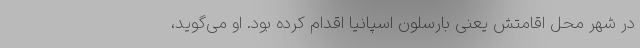
در شهر محل اقامتش یعنی بارسلونِ اسپانیا اقدام کرده بود. او می‌گوید،